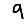
Digit: 9